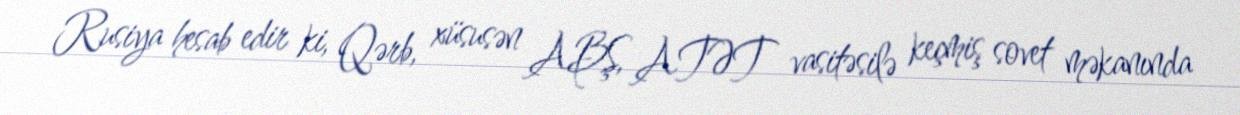
Rusiya hesab edir ki, Qərb, xüsusən ABŞ, ATƏT vasitəsilə keçmiş sovet məkanında